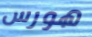
هورس